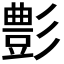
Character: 𮙕